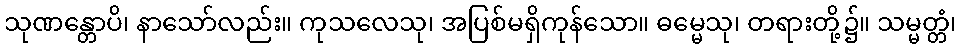
သုဏန္တောပိ၊ နာသော်လည်း။ ကုသလေသု၊ အပြစ်မရှိကုန်သော။ ဓမ္မေသု၊ တရားတို့၌။ သမ္မတ္တံ၊